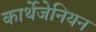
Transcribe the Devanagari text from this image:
कार्थेजेनियन